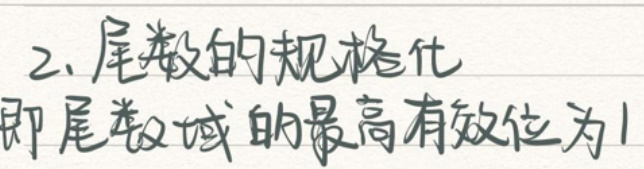
2、尾数的规格化

即尾数域的最高有效位为1